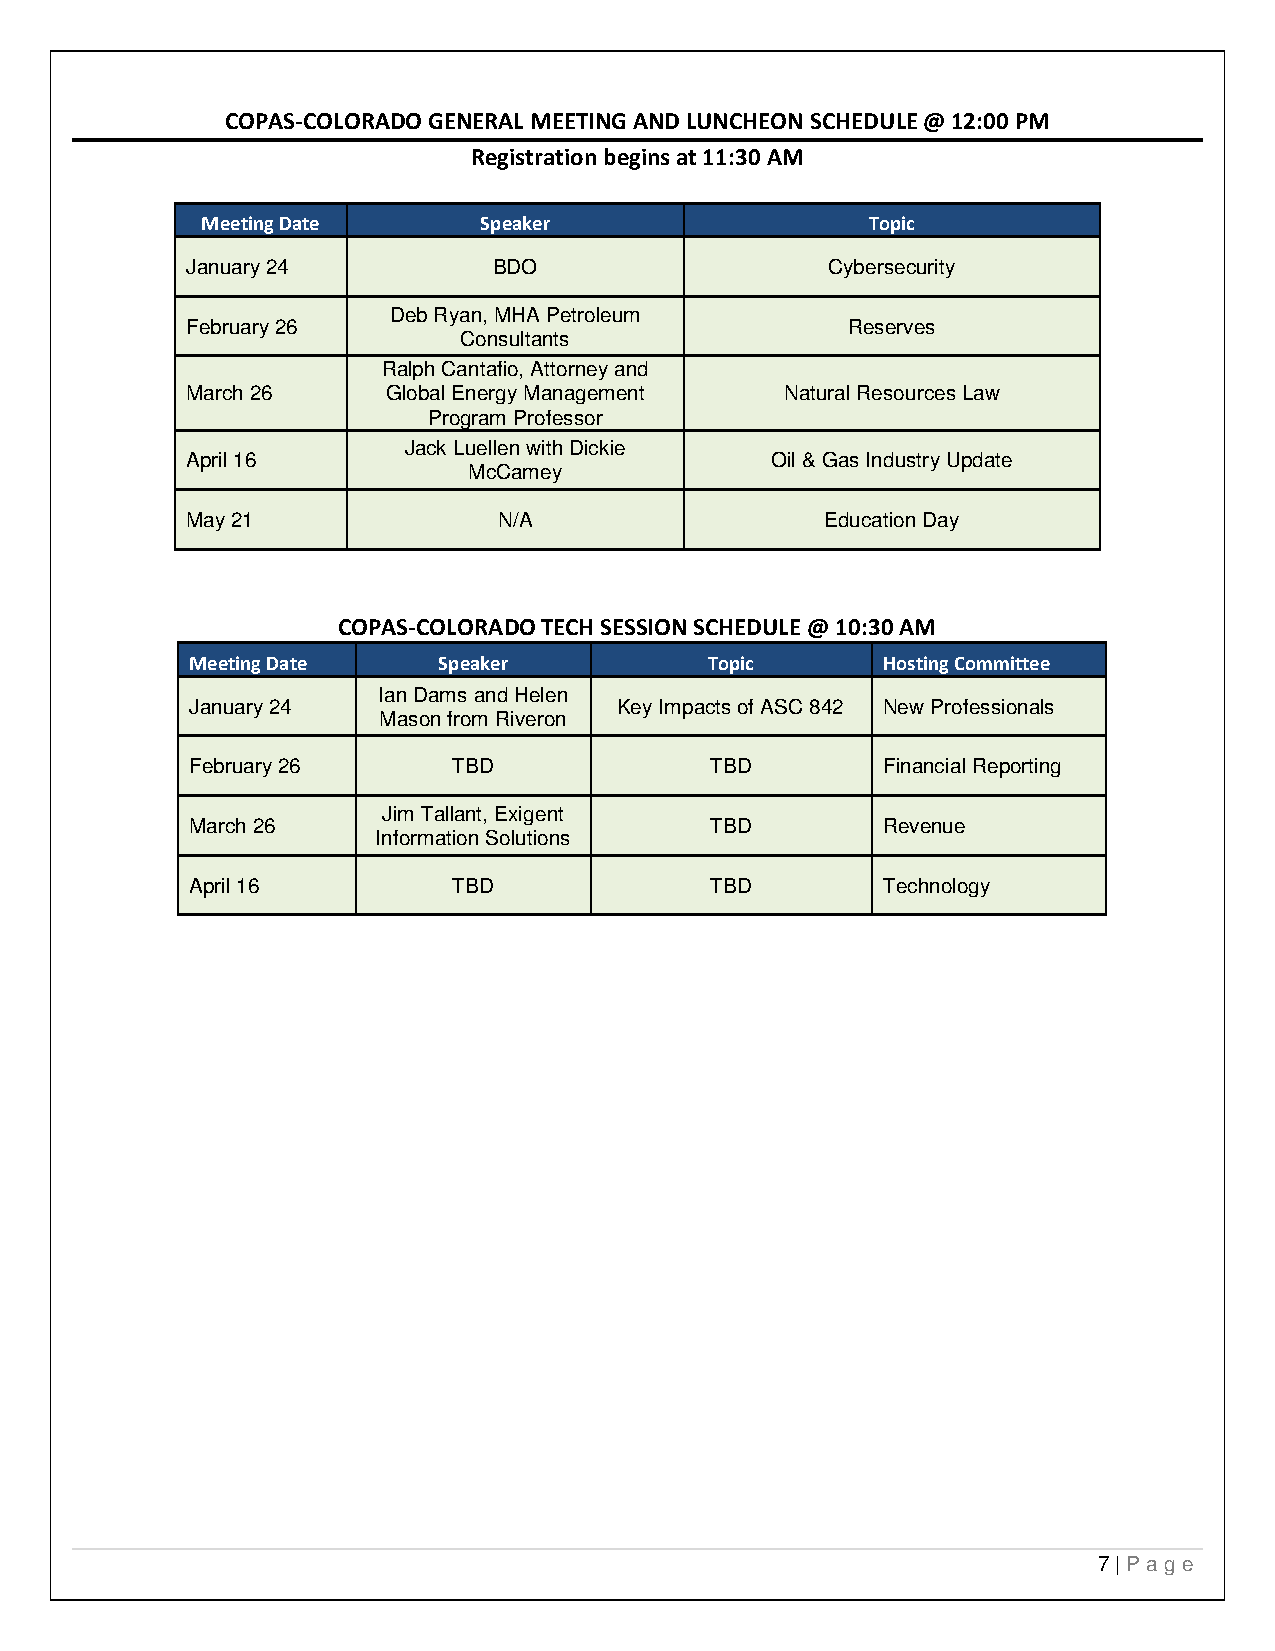
COPAS-COLORADO GENERAL MEETING AND LUNCHEON SCHEDULE @ 12:00 PM
 Registration begins at 11:30 AM
 Meeting Date       Speaker                   Topic
 January 24           BDO                   Cybersecurity
 Deb Ryan, MHA Petroleum
 February 26                                 Reserves
 Consultants
 Ralph Cantafio, Attorney and
 March 26      Global Energy Management  Natural Resources Law
 Program Professor
 Jack Luellen with Dickie
 April 16                               Oil & Gas Industry Update
 McCamey
 May 21               N/A                   Education Day
 COPAS-COLORADO TECH SESSION SCHEDULE @ 10:30 AM
 Meeting Date    Speaker           Topic      Hosting Committee
 Ian Dams and Helen
 January 24                  Key Impacts of ASC 842 New Professionals
 Mason from Riveron
 February 26      TBD              TBD        Financial Reporting
 Jim Tallant, Exigent
 March 26                          TBD        Revenue
 Information Solutions
 April 16         TBD              TBD        Technology
 7 | Pa ge